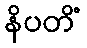
နိပတိံ